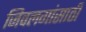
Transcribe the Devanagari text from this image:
जिवलगांसाठी